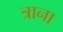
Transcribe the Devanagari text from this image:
त्राना